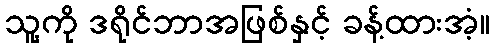
သူ့ကို ဒရိုင်ဘာအဖြစ်နှင့် ခန့်ထားအံ့။